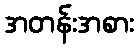
အတန်းအစား